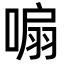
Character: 𭉮